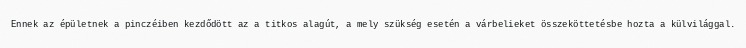
Ennek az épületnek a pinczéiben kezdődött az a titkos alagút, a mely szükség esetén a várbelieket összeköttetésbe hozta a külvilággal.